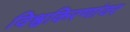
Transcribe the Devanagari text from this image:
विश्वकिरणांवर